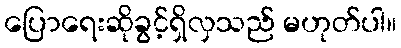
ပြောရေးဆိုခွင့်ရှိလှသည် မဟုတ်ပါ။